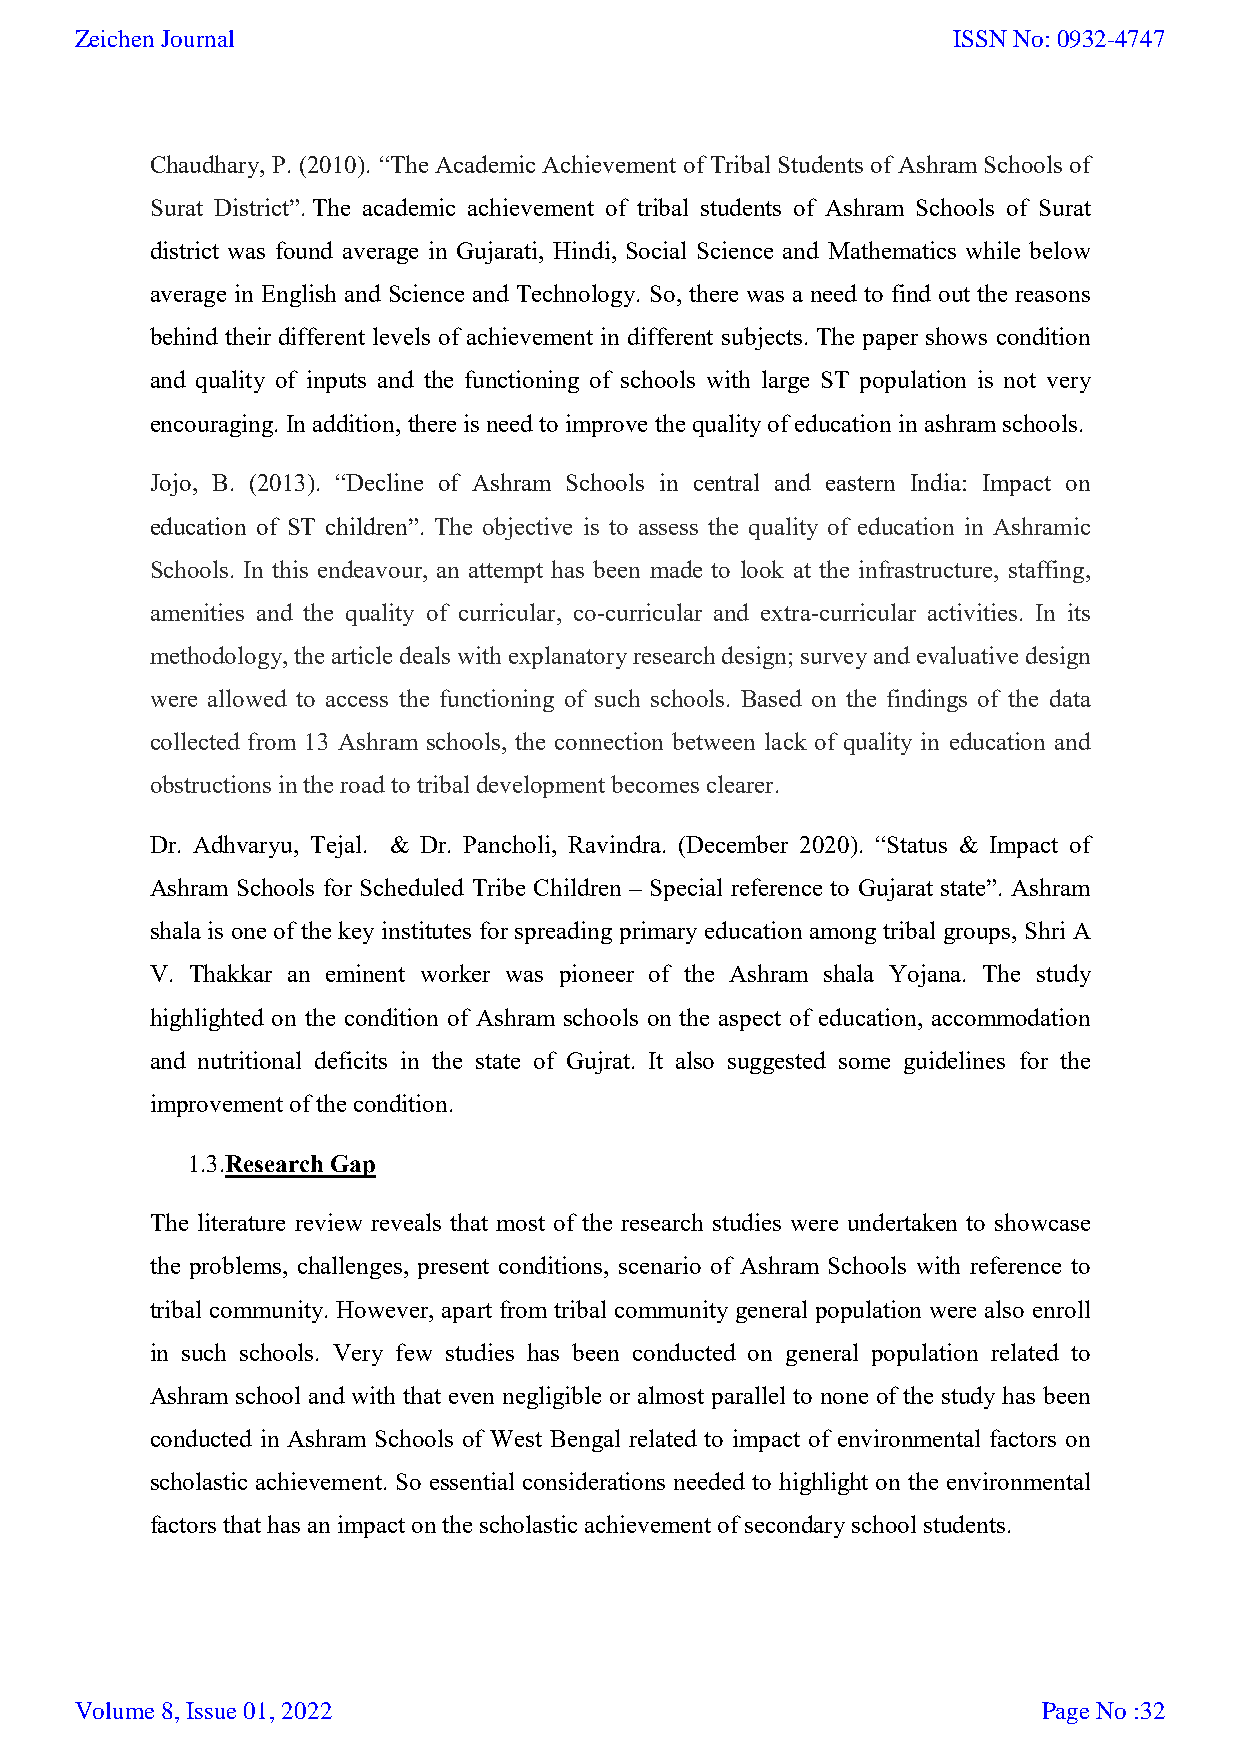
Zeichen Journal                                           ISSN No: 0932-4747
 Chaudhary, P. (2010). “The Academic Achievement of Tribal Students of Ashram Schools of
 Surat District”. The academic achievement of tribal students of Ashram Schools of Surat
 district was found average in Gujarati, Hindi, Social Science and Mathematics while below
 average in English and Science and Technology. So, there was a need to find out the reasons
 behind their different levels of achievement in different subjects. The paper shows condition
 and quality of inputs and the functioning of schools with large ST population is not very
 encouraging. In addition, there is need to improve the quality of education in ashram schools.
 Jojo, B. (2013). “Decline of Ashram Schools in central and eastern India: Impact on
 education of ST children”. The objective is to assess the quality of education in Ashramic
 Schools. In this endeavour, an attempt has been made to look at the infrastructure, staffing,
 amenities and the quality of curricular, co-curricular and extra-curricular activities. In its
 methodology, the article deals with explanatory research design; survey and evaluative design
 were allowed to access the functioning of such schools. Based on the findings of the data
 collected from 13 Ashram schools, the connection between lack of quality in education and
 obstructions in the road to tribal development becomes clearer.
 Dr. Adhvaryu, Tejal. & Dr. Pancholi, Ravindra. (December 2020). “Status & Impact of
 Ashram Schools for Scheduled Tribe Children – Special reference to Gujarat state”. Ashram
 shala is one of the key institutes for spreading primary education among tribal groups, Shri A
 V. Thakkar an eminent worker was pioneer of the Ashram shala Yojana. The study
 highlighted on the condition of Ashram schools on the aspect of education, accommodation
 and nutritional deficits in the state of Gujrat. It also suggested some guidelines for the
 improvement of the condition.
 1.3.Research Gap
 The literature review reveals that most of the research studies were undertaken to showcase
 the problems, challenges, present conditions, scenario of Ashram Schools with reference to
 tribal community. However, apart from tribal community general population were also enroll
 in such schools. Very few studies has been conducted on general population related to
 Ashram school and with that even negligible or almost parallel to none of the study has been
 conducted in Ashram Schools of West Bengal related to impact of environmental factors on
 scholastic achievement. So essential considerations needed to highlight on the environmental
 factors that has an impact on the scholastic achievement of secondary school students.
 Volume 8, Issue 01, 2022                                        Page No :32